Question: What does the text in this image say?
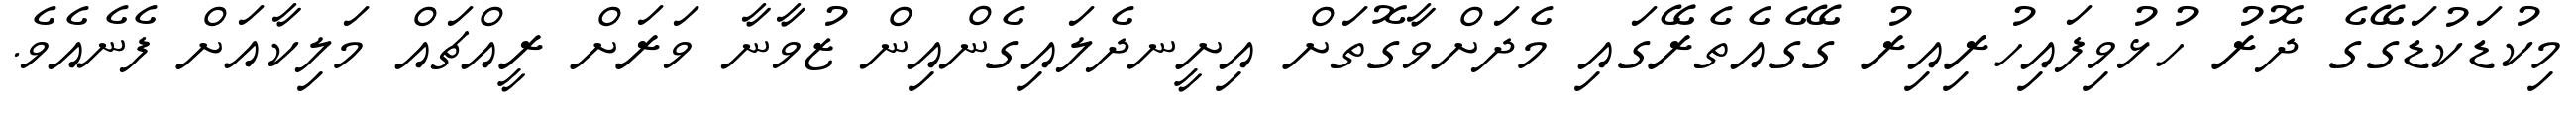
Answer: މިކުޑަކުޑަގޭގެ ދޮރު ހުޅުވިފައިހުރިއިރު ގޭގެއެތެރޭގައި މެދަށްވާގޮތަށް އިށީނދެލައިގެންއިން ޒުވާނާ ވަރަށް ރީއްޗައް މަލިކާއަށް ފެނެއެވެ.